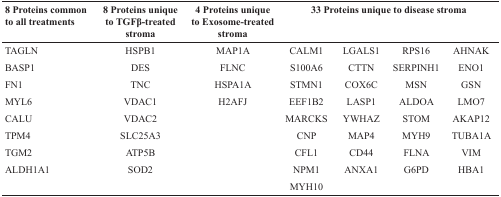
<table><thead><tr><td><b>8 Proteins common to all treatments</b></td><td><b>8 Proteins unique to TGFβ-treated stroma</b></td><td><b>4 Proteins unique to Exosome-treated stroma</b></td><td colspan="4"><b>33 Proteins unique to disease stroma</b></td></tr></thead><tbody><tr><td>TAGLN</td><td>HSPB1</td><td>MAP1A</td><td>CALM1</td><td>LGALS1</td><td>RPS16</td><td>AHNAK</td></tr><tr><td>BASP1</td><td>DES</td><td>FLNC</td><td>S100A6</td><td>CTTN</td><td>SERPINH1</td><td>ENO1</td></tr><tr><td>FN1</td><td>TNC</td><td>HSPA1A</td><td>STMN1</td><td>COX6C</td><td>MSN</td><td>GSN</td></tr><tr><td>MYL6</td><td>VDAC1</td><td>H2AFJ</td><td>EEF1B2</td><td>LASP1</td><td>ALDOA</td><td>LMO7</td></tr><tr><td>CALU</td><td>VDAC2</td><td></td><td>MARCKS</td><td>YWHAZ</td><td>STOM</td><td>AKAP12</td></tr><tr><td>TPM4</td><td>SLC25A3</td><td></td><td>CNP</td><td>MAP4</td><td>MYH9</td><td>TUBA1A</td></tr><tr><td>TGM2</td><td>ATP5B</td><td></td><td>CFL1</td><td>CD44</td><td>FLNA</td><td>VIM</td></tr><tr><td>ALDH1A1</td><td>SOD2</td><td></td><td>NPM1</td><td>ANXA1</td><td>G6PD</td><td>HBA1</td></tr><tr><td></td><td></td><td></td><td>MYH10</td><td></td><td></td><td></td></tr></tbody></table>